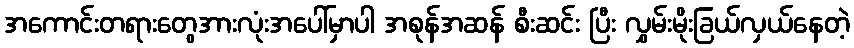
အကောင်းတရားတွေအားလုံးအပေါ်မှာပါ အစုန်အဆန် စီးဆင်း ပြီး လွှမ်းမိုးခြယ်လှယ်နေတဲ့